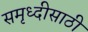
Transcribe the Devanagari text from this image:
समृध्दीसाठी